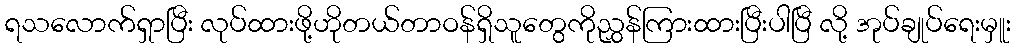
ရသလောက်ရှာပြီး လုပ်ထားဖို့ဟိုတယ်တာဝန်ရှိသူတွေကိုညွှန်ကြားထားပြီးပါပြီ လို့ အုပ်ချုပ်ရေးမှူး